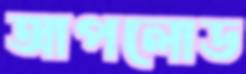
আপলোড